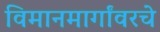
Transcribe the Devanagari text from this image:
विमानमार्गांवरचे